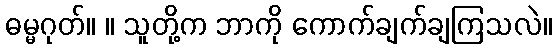
ဓမ္မဂုတ်။ ။ သူတို့က ဘာကို ကောက်ချက်ချကြသလဲ။